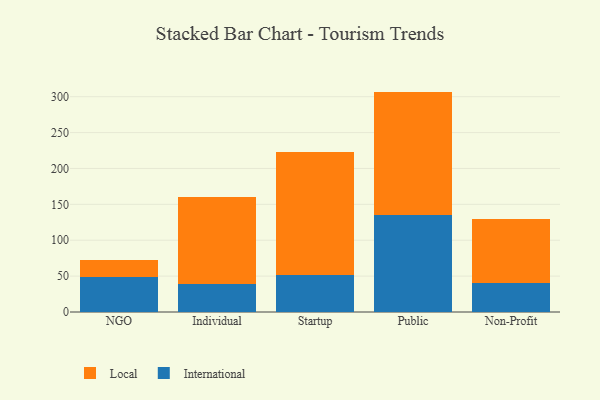
{"axis": {"x": "Segment", "y": "Shipments"}, "legend": ["International", "Local"], "data": [{"x": "NGO", "y": 49.3, "type": "International"}, {"x": "NGO", "y": 22.5, "type": "Local"}, {"x": "Individual", "y": 39.4, "type": "International"}, {"x": "Individual", "y": 120.8, "type": "Local"}, {"x": "Startup", "y": 52.2, "type": "International"}, {"x": "Startup", "y": 170.9, "type": "Local"}, {"x": "Public", "y": 135.0, "type": "International"}, {"x": "Public", "y": 172.1, "type": "Local"}, {"x": "Non-Profit", "y": 39.8, "type": "International"}, {"x": "Non-Profit", "y": 89.6, "type": "Local"}]}